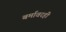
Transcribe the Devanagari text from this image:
बर्मावरही